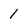
Character: 1